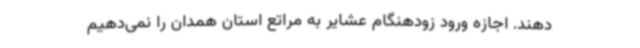
دهند. اجازه ورود زودهنگام عشایر به مراتع استان همدان را نمی‌دهیم